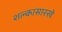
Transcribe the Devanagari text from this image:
शल्कासारखे